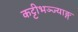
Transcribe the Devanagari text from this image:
कट्टीभञ्ज्याङ्ग